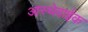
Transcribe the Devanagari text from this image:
आस्थेवाईक